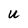
Character: U